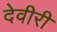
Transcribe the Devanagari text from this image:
देवीरी